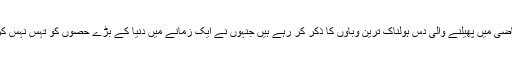
یہاں ہم ماضی میں پھیلنے والی دس ہولناک ترین وباؤں کا ذکر کر رہے ہیں جنہوں نے ایک زمانے میں دنیا کے بڑے حصوں کو تہس نہس کر ڈالا تھا۔